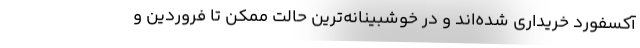
آکسفورد خریداری شده‌اند و در خوشبینانه‌ترین حالت ممکن تا فروردین و